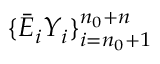
\{ \bar { E } _ { i } Y _ { i } \} _ { i = n _ { 0 } + 1 } ^ { n _ { 0 } + n }